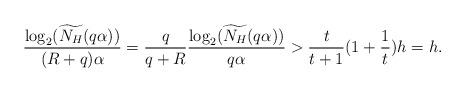
LaTeX: \begin{align*}\frac{\log_2(\widetilde{N_H}(q\alpha))}{(R+q)\alpha} = \frac{q}{q+R} \frac{\log_2(\widetilde{N_H}(q\alpha))}{q\alpha} > \frac{t}{t+1} (1+\frac{1}{t})h = h.\end{align*}